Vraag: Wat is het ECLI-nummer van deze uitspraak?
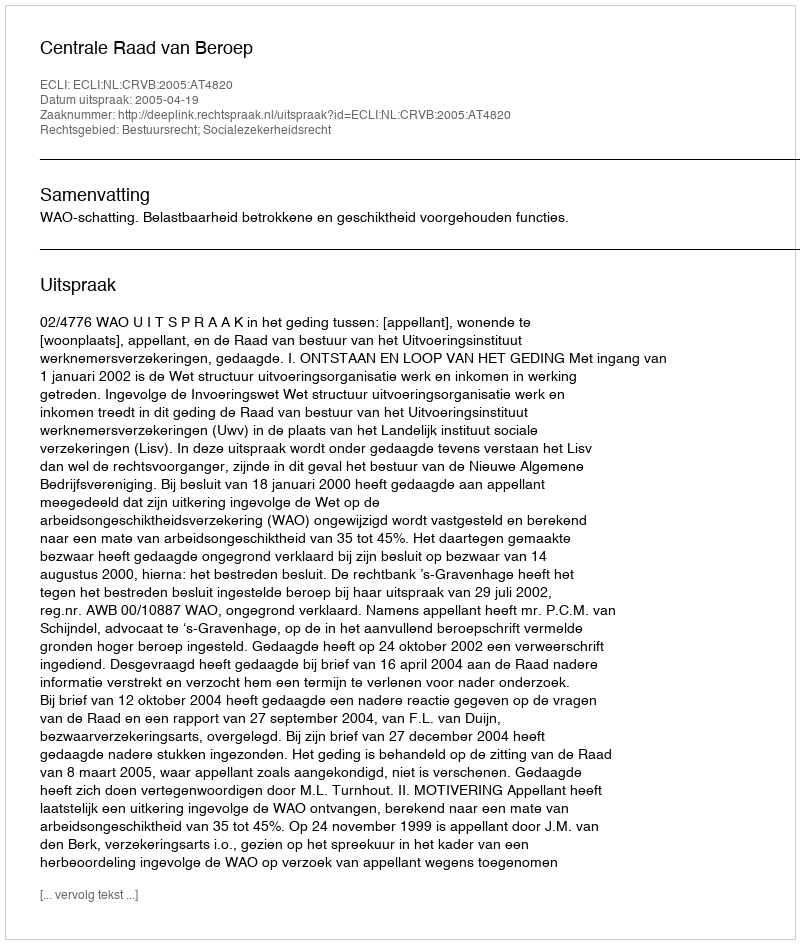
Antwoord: ECLI:NL:CRVB:2005:AT4820